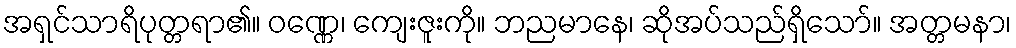
အရှင်သာရိပုတ္တရာ၏။ ဝဏ္ဏေ၊ ကျေးဇူးကို။ ဘညမာနေ၊ ဆိုအပ်သည်ရှိသော်။ အတ္တမနာ၊